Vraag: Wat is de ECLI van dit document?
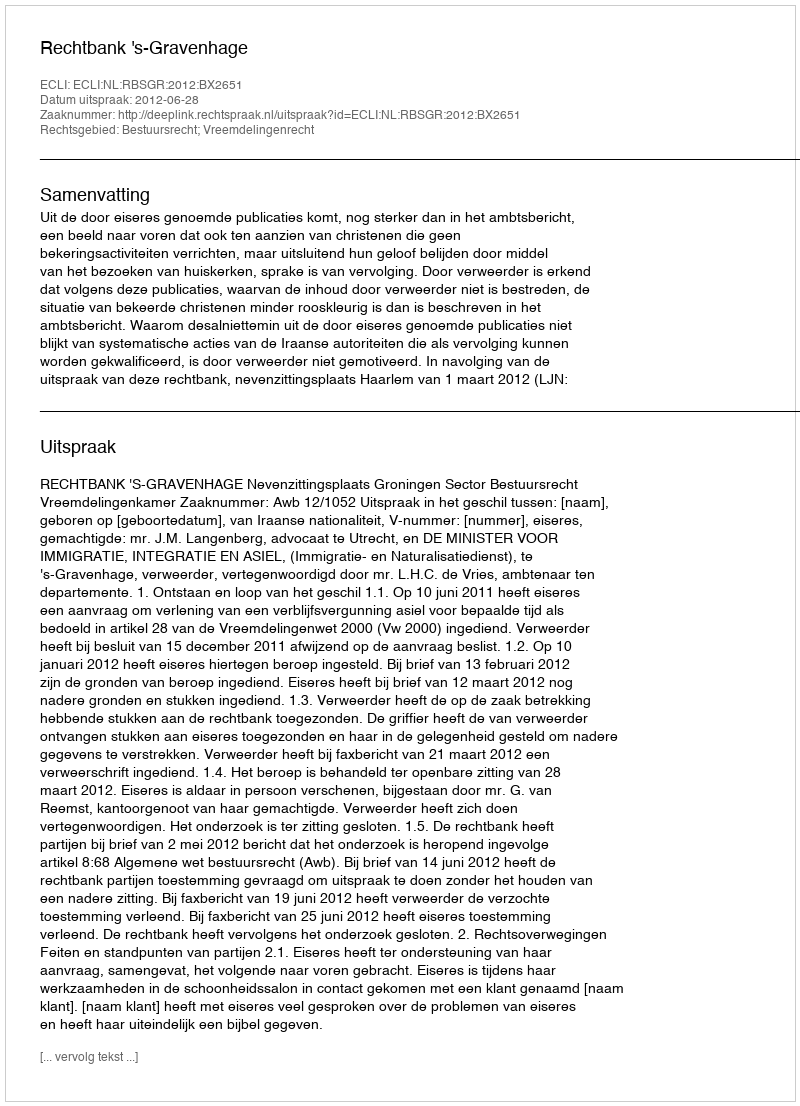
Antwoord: ECLI:NL:RBSGR:2012:BX2651